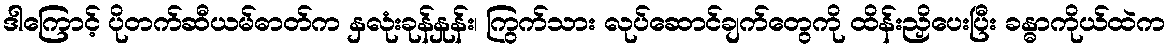
ဒါကြောင့် ပိုတက်ဆီယမ်ဓာတ်က နှလုံးခုန်နှုန်း၊ ကြွက်သား လုပ်ဆောင်ချက်တွေကို ထိန်းညှိပေးပြီး ခန္ဓာကိုယ်ထဲက